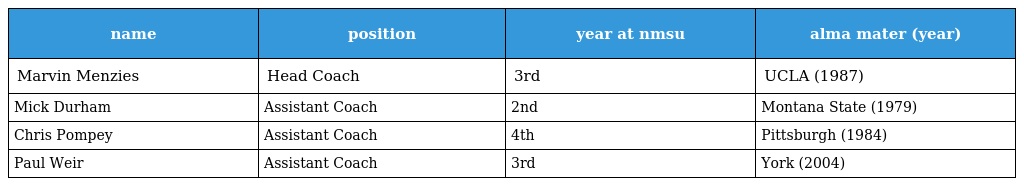
| name | position | year at nmsu | alma mater (year) |
 | --- | --- | --- | --- |
 | Marvin Menzies | Head Coach | 3rd | UCLA (1987) |
 | Mick Durham | Assistant Coach | 2nd | Montana State (1979) |
 | Chris Pompey | Assistant Coach | 4th | Pittsburgh (1984) |
 | Paul Weir | Assistant Coach | 3rd | York (2004) |